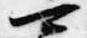
可